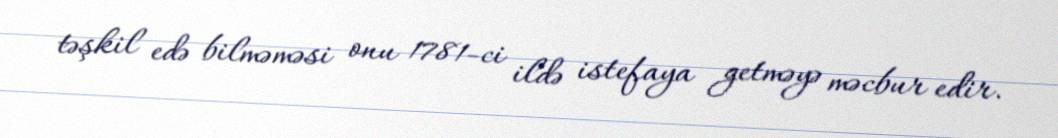
təşkil edə bilməməsi onu 1781-ci ildə istefaya getməyə məcbur edir.